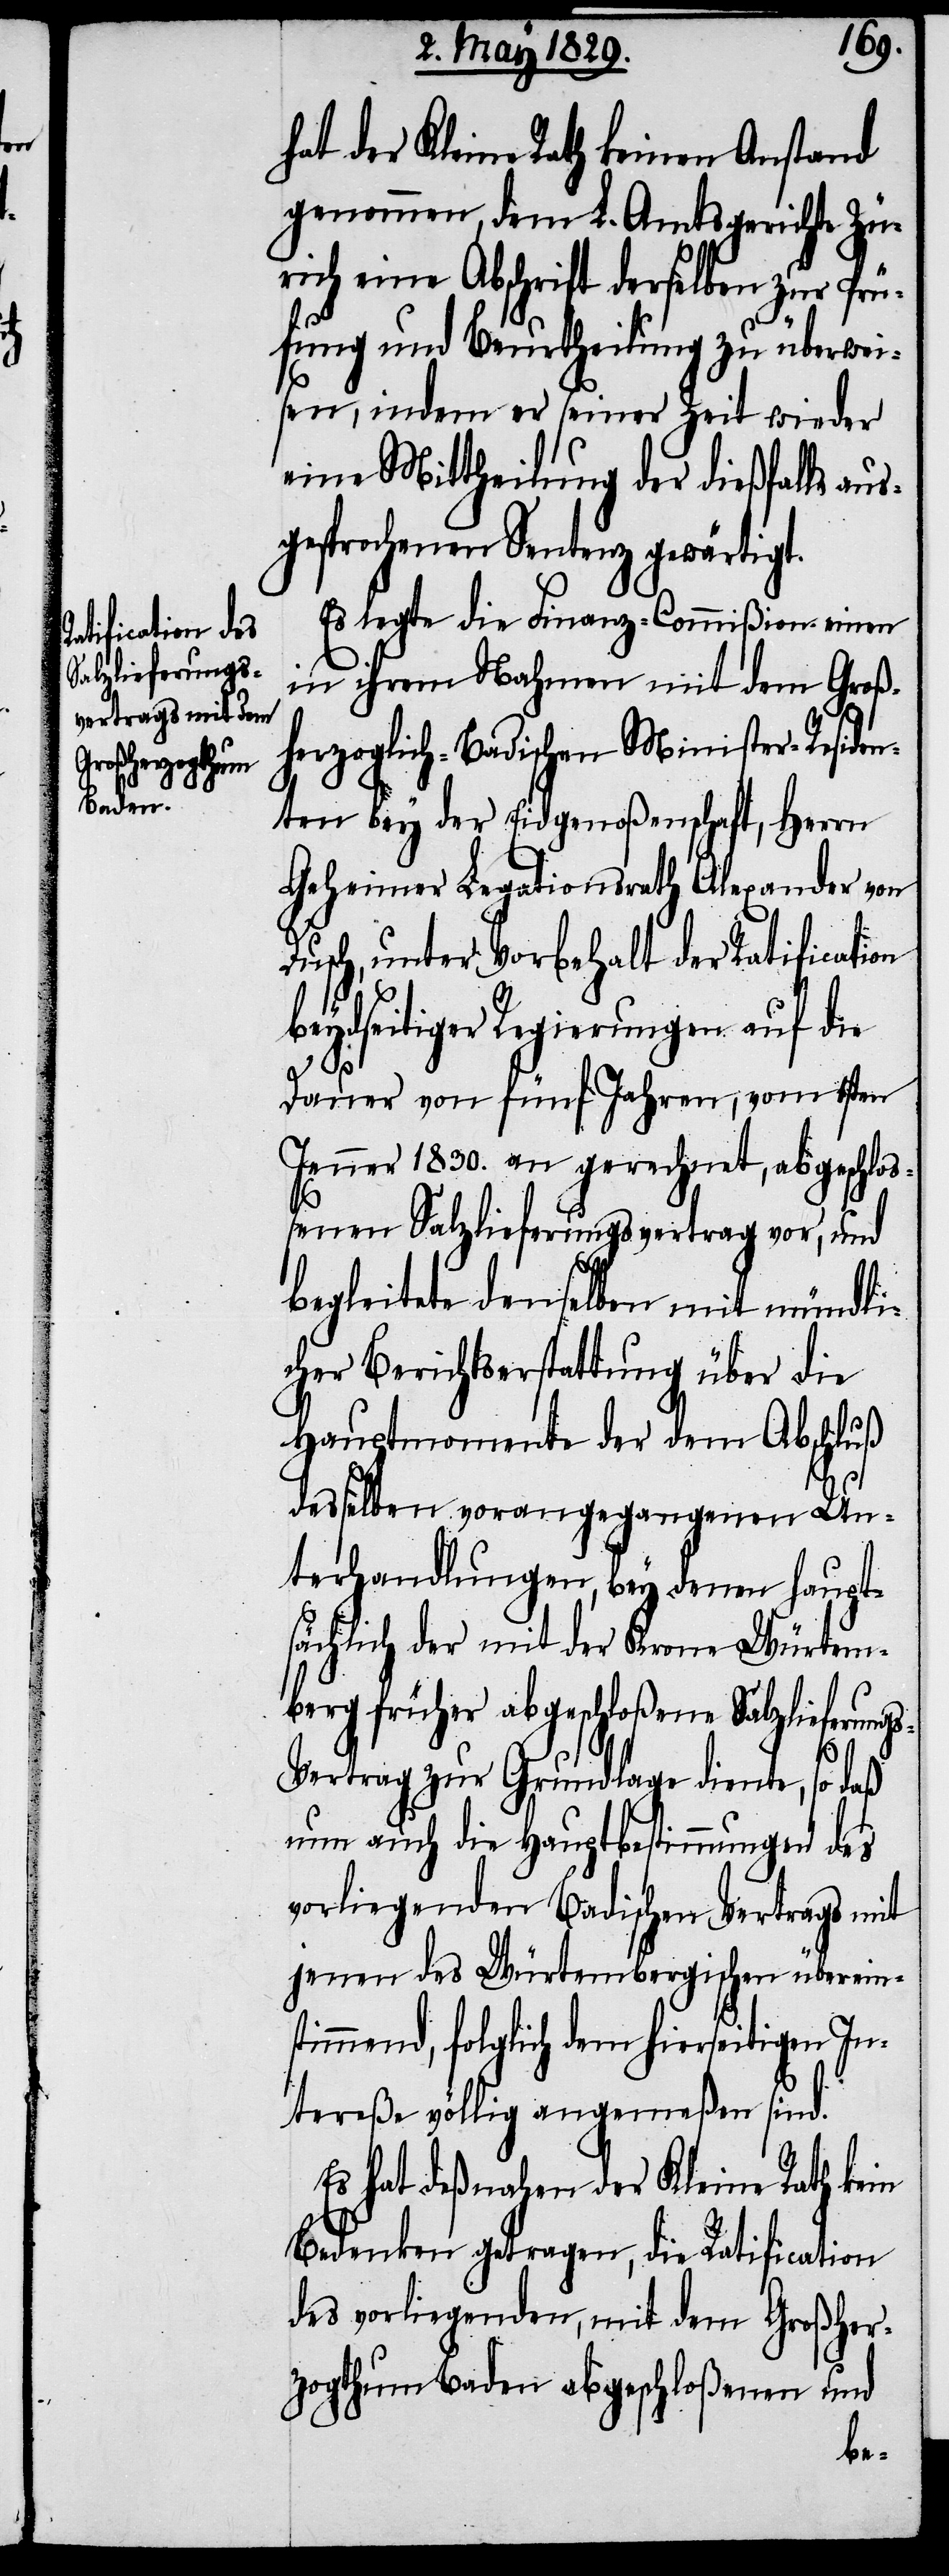
Salzlieferungs-V¬

hat der Kleine Rath keinen Anstand
genommen, dem L. Amtsgerichte Zü¬
rich eine Abschrift derselben zur Prü¬
fung und Beurtheilung zu überwei¬
sen, indem er seiner Zeit wieder
eine Mittheilung der dießfalls aus¬
gesprochenen Sentenz gewärtigt.
Es legte die Finanz-Commißion einen
in ihrem Nahmen mit dem Groß¬
herzoglich-Badischen Minister-Residen¬
ten bey der Eidgenoßenschaft, Herrn
Geheimer Legationsrath Alexander von
Dusch, unter Vorbehalt der Ratification
beydseitiger Regierungen auf die
Dauer von fünf Jahren, vom 1sten
Jenner 1830. an gerechnet, abgeschloß¬
enen Salzlieferungsvertrag vor, und
begleitete denselben mit mündli¬
cher Berichtserstattung über die
Hauptmomente der dem Abschluß
desselben vorangegangenen Un¬
terhandlungen, bey denen haupt¬
sächlich der mit der Krone Würtem¬
berg früher abgeschloßene
ertrag zur Grundlage diente, so daß
nun auch die Hauptbestimmungen des
vorliegenden Badischen Vertrags mit
jenen des Würtembergischen überein¬
stimmend, folglich dem hierseitigen In¬
tereße völlig angemeßen sind.
Es hat deßnahen der Kleine Rath kein
Bedenken getragen, die Ratification
des vorliegenden, mit dem Großher¬
zogthum Baden abgeschloßenen und